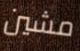
مشين